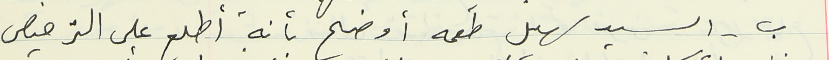
ب - السيد سهيل طعمه أوضح بأنه أطلع على الترخيص